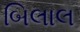
બિલાલ